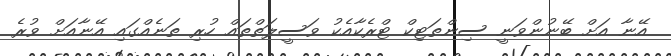
އޭނާ އަށް ބޭނުންވަނީ ސިންތަޓިކް ޓްރެކާއެކު ވަސީލަތްތައް ހުރި ތަނެއްގައި އޭނާއަށް ވުރެ